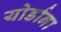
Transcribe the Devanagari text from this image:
योर्डाना